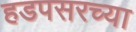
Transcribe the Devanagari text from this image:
हडपसरच्या